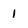
Character: I